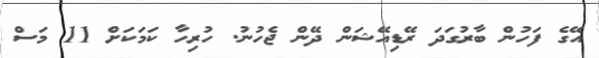
އޭގެ ފަހުން ބާރުގަދަ ރޭޑިއޭޝަން ދޭން ޖެހުނު. ހުރިހާ ކަމަކަށް 11 މަސް